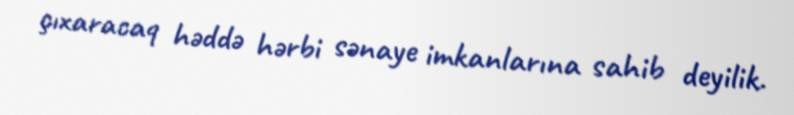
çıxaracaq həddə hərbi sənaye imkanlarına sahib deyilik.